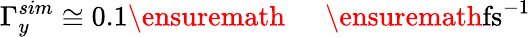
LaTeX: \Gamma_{y}^{sim}\cong 0.1\ensuremath{\mathrm{~\textrm~{~\, ~}~}}\ensuremath{\mathrm{fs}}^{-1}